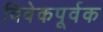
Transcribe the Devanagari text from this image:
विवेकपूर्वक